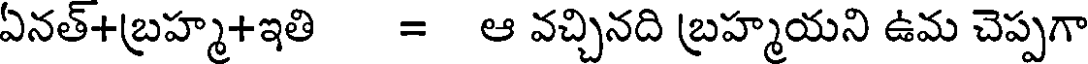
ఏనత్+బ్రహ్మ+ఇతి = ఆ వచ్చినది బ్రహ్మయని ఉమ చెప్పగా